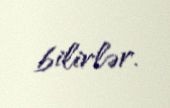
bilirlər.